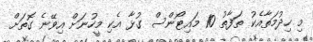
މި ހިދުމަތާއެކު ތަފާތު 10 މައިޓޯންސް ގުޅާ އެކި މީހުނަށް އިވޭނެ ގޮތަށް